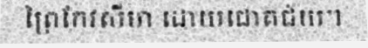
ព្រៃកែវសីមា ដោយជោគជ័យ។